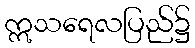
ဣသရေလပြည်၌